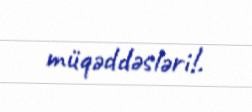
müqəddəsləri!.